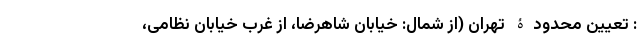
: تعیین محدودۀ تهران (از شمال: خیابان شاهرضا، از غرب خیابان نظامی،